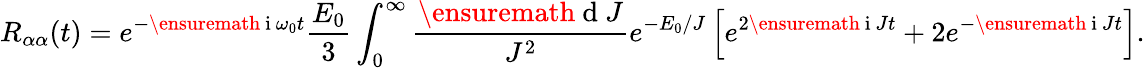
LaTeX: R_{\alpha\alpha}(t)=e^{-\ensuremath{\mathrm{~i~}}\omega_{0}t}\frac{E_{0}}{3}\int_{0}^{\infty}\frac{\ensuremath{\mathrm{~d~}}J}{J^{2}}e^{-E_{0}/J}\left[e^{2\ensuremath{\mathrm{~i~}}Jt}+2e^{-\ensuremath{\mathrm{~i~}}Jt}\right].